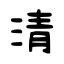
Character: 清